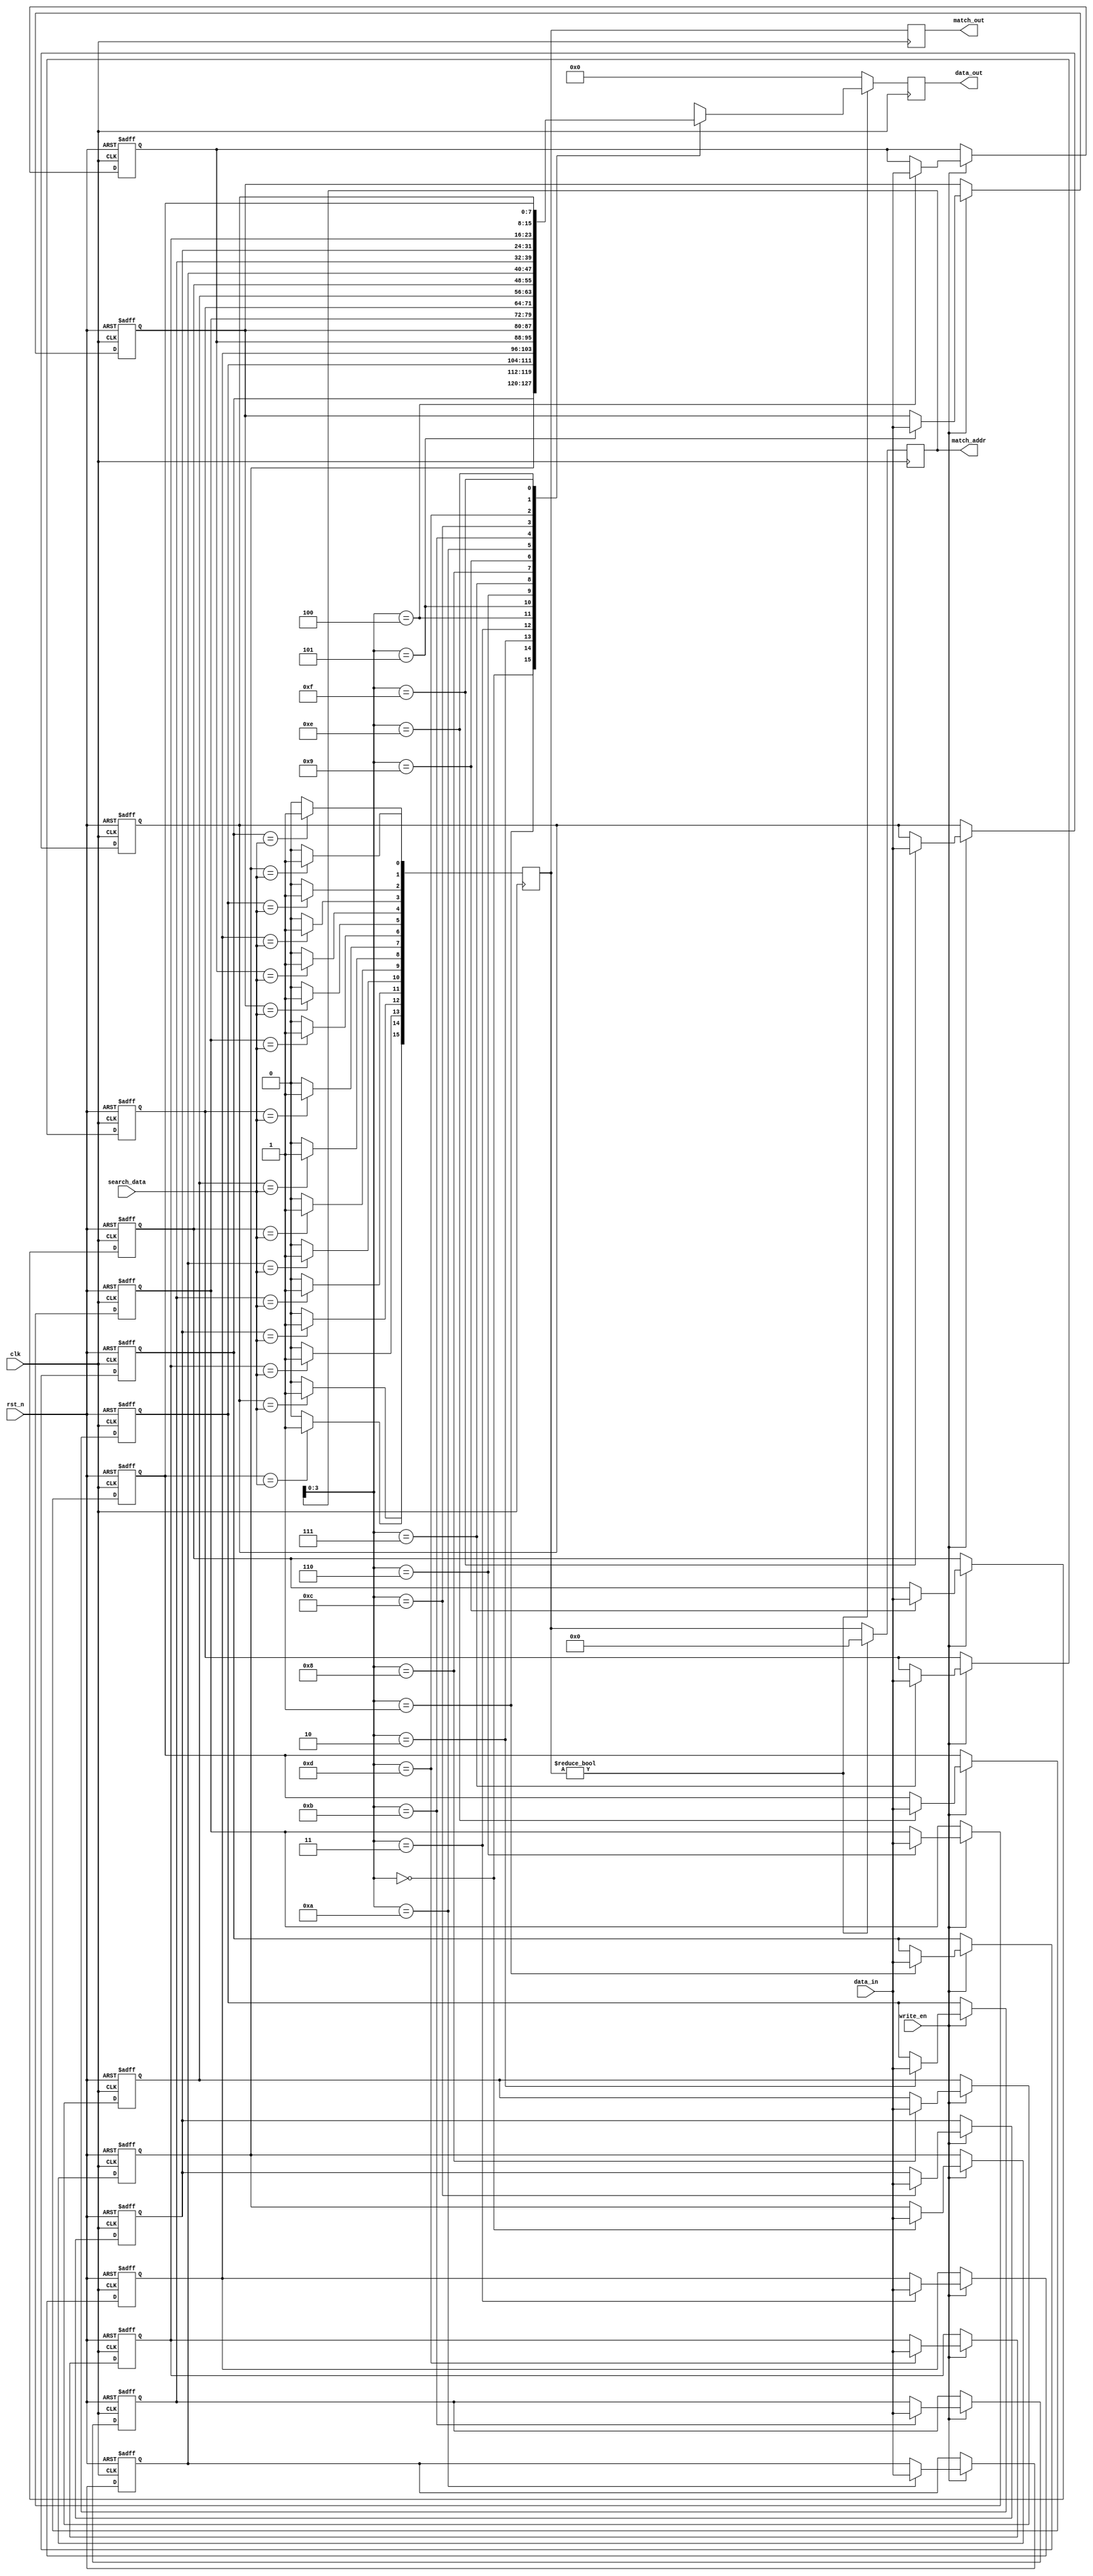
module BCAM #(parameter N = 16, // Number of entries
              parameter M = 8)   // Width of each entry
(
    input wire clk,
    input wire rst_n,
    input wire write_en,
    input wire [M-1:0] data_in,
    input wire [M-1:0] search_data,
    output reg [N-1:0] match_out,
    output reg [M-1:0] data_out,
    output reg [N-1:0] match_addr
);

// Memory Array
reg [M-1:0] mem [0:N-1];

// Internal signals
reg [N-1:0] match_temp;
integer i;

// Write operation
always @(posedge clk or negedge rst_n) begin
    if (!rst_n) begin
        // Reset memory
        for (i = 0; i < N; i = i + 1) begin
            mem[i] <= {M{1'b0}};
        end
    end else if (write_en) begin
        // Write data to memory
        mem[match_addr] <= data_in; // Assuming match_addr is provided for writing
    end
end

// Search Logic
always @(posedge clk) begin
    match_temp = 0; // Reset match signals
    for (i = 0; i < N; i = i + 1) begin
        if (mem[i] == search_data) begin
            match_temp[i] = 1'b1; // Set match signal if data matches
        end
    end
end

// Match output and address output
always @(posedge clk) begin
    match_out <= match_temp;
    match_addr <= match_temp ? {N{1'b0}} : match_temp; // If match, output address
    data_out <= match_temp ? mem[match_addr] : {M{1'b0}}; // Output corresponding data
end

endmodule